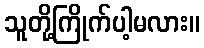
သူတို့ကြိုက်ပါ့မလား။